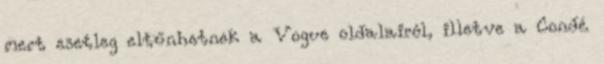
mert esetleg eltűnhetnek a Vogue oldalairól, illetve a Condé